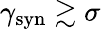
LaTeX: \gamma_{\mathrm{syn}}\gtrsim\sigma